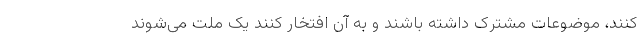
کنند، موضوعات مشترک داشته باشند و به آن افتخار کنند یک ملت می‌شوند